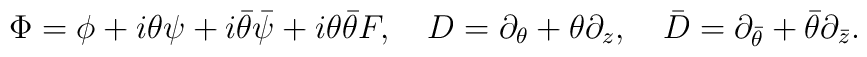
\Phi= \phi+i\theta\psi+i\bar{\theta}\bar{\psi}+i\theta\bar{\theta}F,~~~  D=\partial_\theta+\theta\partial_z,~~~  \bar{D}=\partial_{\bar{\theta}}+\bar{\theta}\partial_{\bar{z}}.